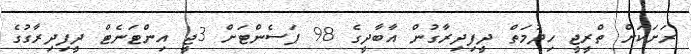
ރަށަކަށް ތްރީޖީ ހިދުމަތް ދީފިދިރާގުން އާބާދީގެ 98 ޕަސެންޓަށް 3ޖީ އިންޓަނެޓް ދީފިދިރާގުގެ